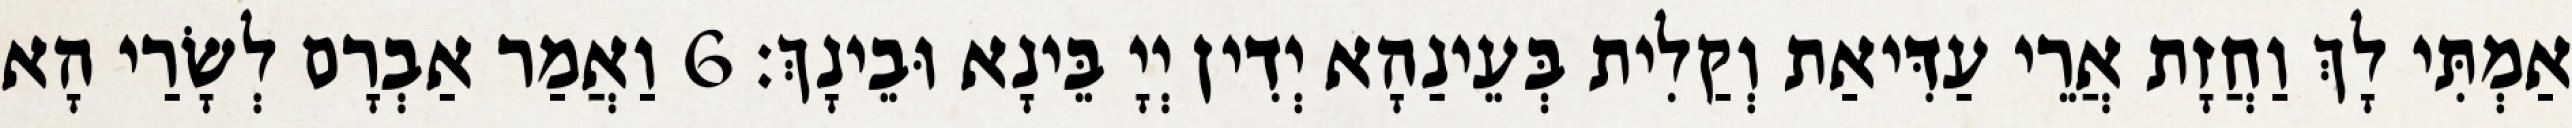
אַמְתִּי לָךְ וַחֲזָת אֲרֵי עַדִּיאַת וְקַלִית בְּעֵינַהָא יְדִין יְיָ בֵּינָא וּבֵינָךְ׃ 6 וַאֲמַר אַבְרָם לְשָׂרַי הָא